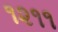
૧૨૧૧